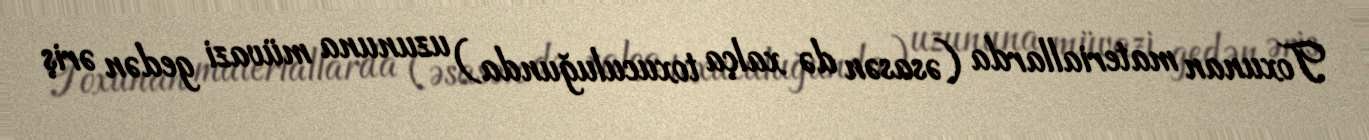
Toxunan materiallarda (əsasən də xalça toxuculuğunda) uzununa müvazi gedən əriş